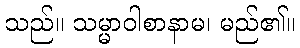
သည်။ သမ္မာဝါစာနာမ၊ မည်၏။